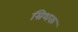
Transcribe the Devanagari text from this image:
म्रिथक